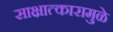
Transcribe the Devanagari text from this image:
साक्षात्कारामुळे